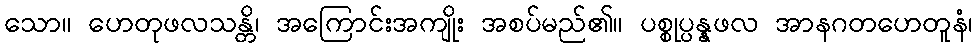
သော။ ဟေတုဖလသန္တိ၊ အကြောင်းအကျိုး အစပ်မည်၏။ ပစ္စုပ္ပန္နဖလ အာနဂတဟေတူနံ၊